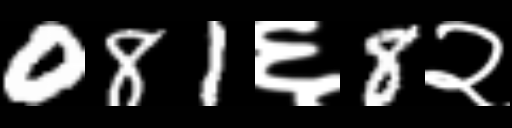
Text: 081६8२